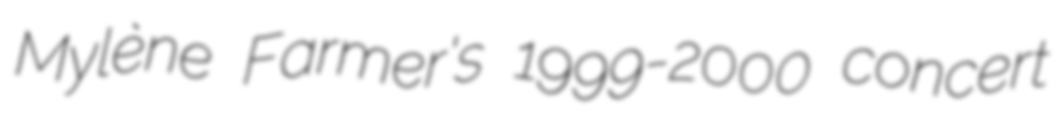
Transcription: Mylène Farmer's 1999-2000 concert